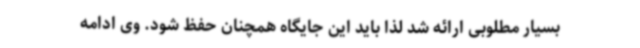
بسیار مطلوبی ارائه شد لذا باید این جایگاه همچنان حفظ شود. وی ادامه